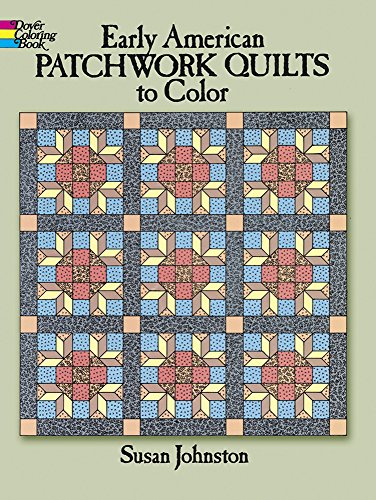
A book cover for Early American Patchwork Quilts to Color (Dover Coloring Books); Susan Johnston; Arts & Photography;